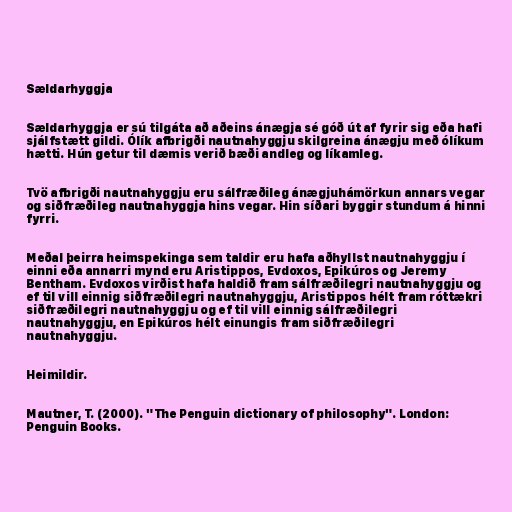
Sældarhyggja

Sældarhyggja er sú tilgáta að aðeins ánægja sé góð út af fyrir sig eða hafi
sjálfstætt gildi. Ólík afbrigði nautnahyggju skilgreina ánægju með ólíkum
hætti. Hún getur til dæmis verið bæði andleg og líkamleg.

Tvö afbrigði nautnahyggju eru sálfræðileg ánægjuhámörkun annars vegar
og siðfræðileg nautnahyggja hins vegar. Hin síðari byggir stundum á hinni
fyrri.

Meðal þeirra heimspekinga sem taldir eru hafa aðhyllst nautnahyggju í
einni eða annarri mynd eru Aristippos, Evdoxos, Epikúros og Jeremy
Bentham. Evdoxos virðist hafa haldið fram sálfræðilegri nautnahyggju og
ef til vill einnig siðfræðilegri nautnahyggju, Aristippos hélt fram róttækri
siðfræðilegri nautnahyggju og ef til vill einnig sálfræðilegri
nautnahyggju, en Epikúros hélt einungis fram siðfræðilegri
nautnahyggju.

Heimildir.

Mautner, T. (2000). "The Penguin dictionary of philosophy". London:
Penguin Books.